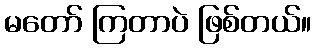
မတော် ကြတာပဲ ဖြစ်တယ်။